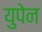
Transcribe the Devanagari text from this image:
युपेन